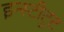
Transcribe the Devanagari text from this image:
इन्स्टीटुट